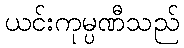
ယင်းကုမ္ပဏီသည်